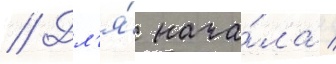
// Дл'я́ нача́ла /